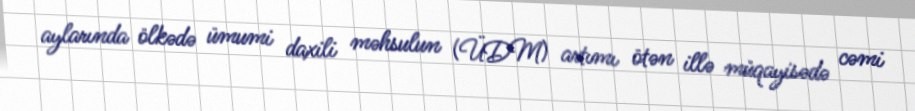
aylarında ölkədə ümumi daxili məhsulun (ÜDM) artımı ötən illə müqayisədə cəmi